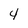
Character: 4